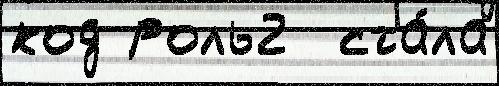
код роль2  ста́ла